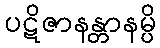
ပဋိဇာနန္တာနမ္ပိ